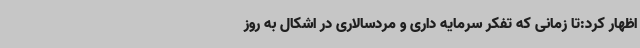
اظهار کرد:تا زمانی که تفکر سرمایه داری و مردسالاری در اشکال به روز